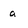
Character: a